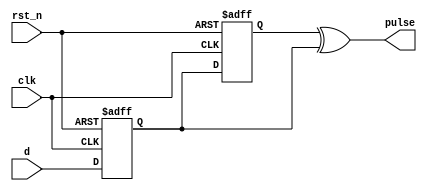
`timescale 1ns / 1ps
//////////////////////////////////////////////////////////////////////////////////
// Company: 
// Engineer: 
// 
// Design Name: 
// Module Name: pulse_gen
// Project Name: 
// Target Devices: 
// Tool Versions: 
// Description: 
// 
// Dependencies: 
// 
// Revision:
// Revision 0.01 - File Created
// Additional Comments:
// 
//////////////////////////////////////////////////////////////////////////////////


module pulse_gen(
input d,
input clk,
input rst_n,
output pulse
    );
reg dr1,dr2;
always @(posedge clk or negedge rst_n) begin
    if(!rst_n)
    {dr2,dr1}<=2'b0;
    else
    {dr2,dr1}<={dr1,d};
end

assign pulse = dr2^dr1;

endmodule